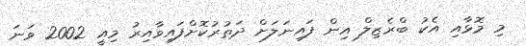
މި މޮޅާއި އެކު ބްރެޒިލް އިން ފައިނަލަށް ދަތުރުކޮށްފައިވާއިރު މިއީ 2002 ވަނަ